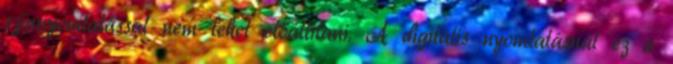
színnyomtatással nem lehet előállítani. A digitális nyomtatásnál ez a